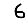
Digit: 6